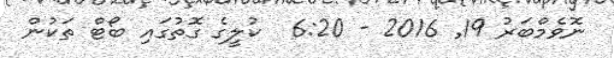
ނޮވެމްބަރު 19